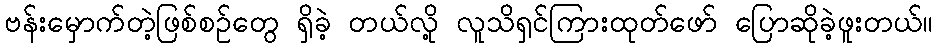
ဗန်းမှောက်တဲ့ဖြစ်စဉ်တွေ ရှိခဲ့ တယ်လို့ လူသိရှင်ကြားထုတ်ဖော် ပြောဆိုခဲ့ဖူးတယ်။